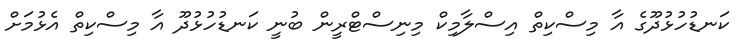
ކަނޑުހުޅުދޫގެ އާ މިސްކިތް އިސްލާމިކް މިނިސްޓްރީން ބުނީ ކަނޑުހުޅުދޫ އާ މިސްކިތް އެޅުމަށް